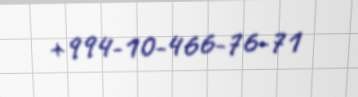
+994-10-466-76-71